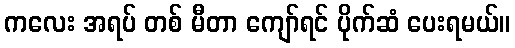
ကလေး အရပ် တစ် မီတာ ကျော်ရင် ပိုက်ဆံ ပေးရမယ်။